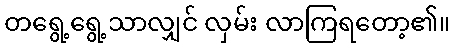
တရွေ့ရွေ့သာလျှင် လှမ်း လာကြရတော့၏။